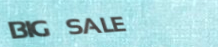
BIG SALE